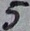
Text: 5